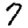
Digit: 7